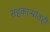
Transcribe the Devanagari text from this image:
सहकाऱ्यांतही